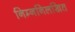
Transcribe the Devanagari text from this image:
निम्ननिलखित